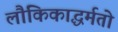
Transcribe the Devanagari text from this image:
लौकिकाद्धर्मतो